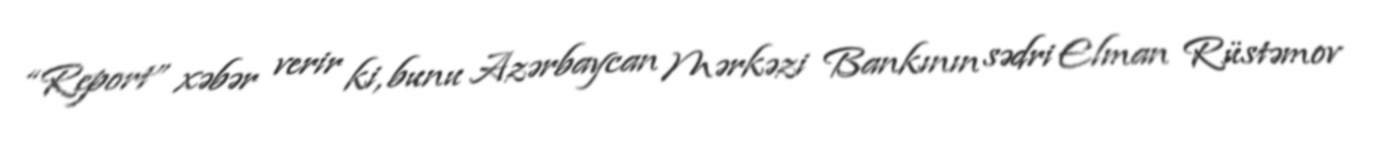
“Report” xəbər verir ki, bunu Azərbaycan Mərkəzi Bankının sədri Elman Rüstəmov